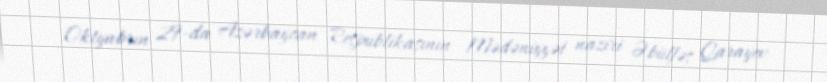
Oktyabrın 29-da Azərbaycan Respublikasının Mədəniyyət naziri Əbülfəs Qarayev